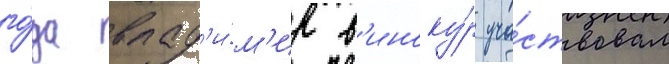
го́да влад'и́м'ир в'иноку́р уча́ствовал